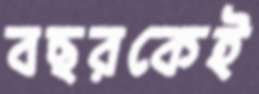
বছরকেই